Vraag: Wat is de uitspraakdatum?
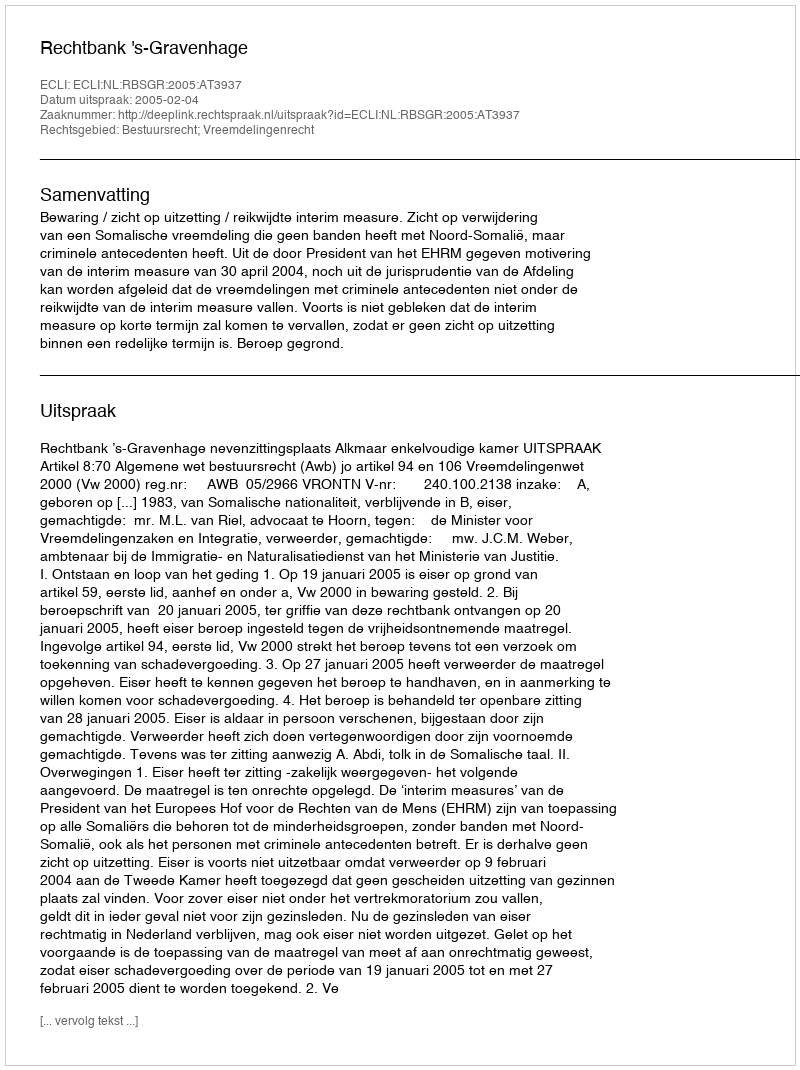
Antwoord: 2005-02-04